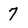
Character: 7